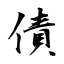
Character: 債